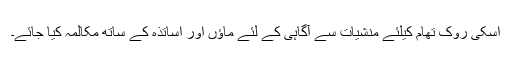
اسکی روک تھام کیلئے منشیات سے آگاہی کے لئے ماؤں اور اساتذہ کے ساتھ مکالمہ کیا جائے۔